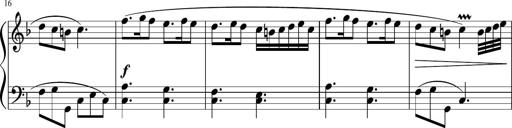
Title: 12 Keyboard Sonatinas
Composer: James Hook